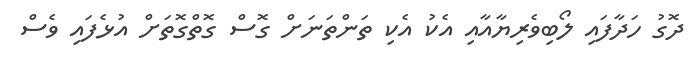
ދޮގު ހަދާފައި ލޯބިވެރިޔާއާއި އެކު އެކި ތަންތަނަށް ގޮސް ގޮތްގޮތަށް އުޅެފައި ވެސް